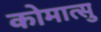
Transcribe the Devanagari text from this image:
कोमात्सु